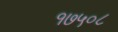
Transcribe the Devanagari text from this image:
१७५०८